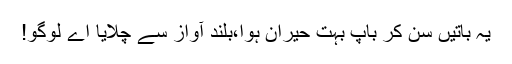
یہ باتیں سن کر باپ بہت حیران ہوا،بلند آواز سے چلایا اے لوگو!